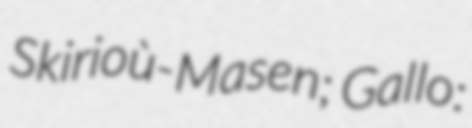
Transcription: Skirioù-Masen; Gallo: